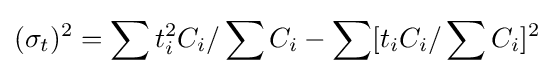
(\sigma _{t})^{2}=\sum t_{i}^{2}C_{i}/\sum C_{i}-\sum [t_{i}C_{i}/\sum C_{i}]^{2}